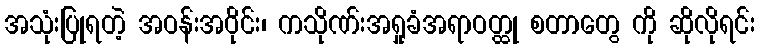
အသုံးပြုရတဲ့ အဝန်းအဝိုင်း၊ ကသိုဏ်းအရှုခံအရာဝတ္ထု စတာတွေ ကို ဆိုလိုရင်း